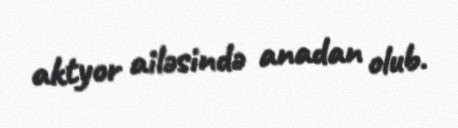
aktyor ailəsində anadan olub.